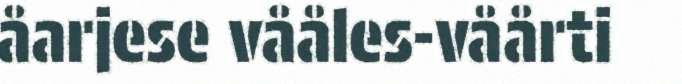
åarjese vååles-våårti